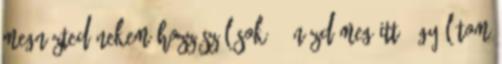
megnézted nekem Hozzászólások: 3 Nézd meg itt: Úgy látom